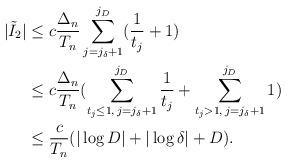
LaTeX: \begin{align*}|\tilde{I}_2| & \le c \frac{\Delta_n}{T_n} \sum_{j = j_{\delta} +1 }^{j_D}(\frac{1}{t_j} + 1) \\& \le c \frac{\Delta_n}{T_n} (\sum_{t_j \le 1, \, j = j_{\delta} +1 }^{j_D} \frac{1}{t_j} + \sum_{t_j > 1, \, j = j_{\delta} +1 }^{j_D}1) \\& \le \frac{c}{T_n} (|\log D| + |\log \delta| + D).\end{align*}